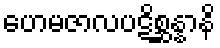
ဟေမဇာလပဋိစ္ဆန္နာနိ